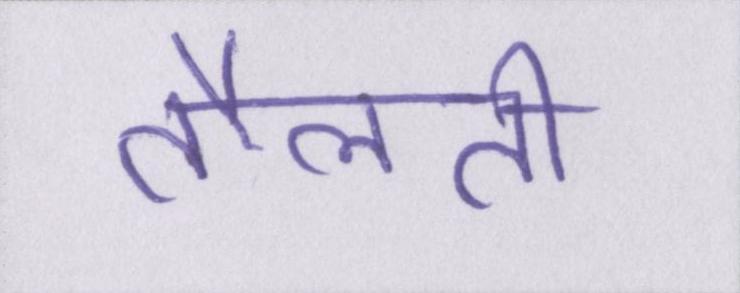
तौलती